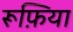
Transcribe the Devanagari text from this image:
रूफ़िया